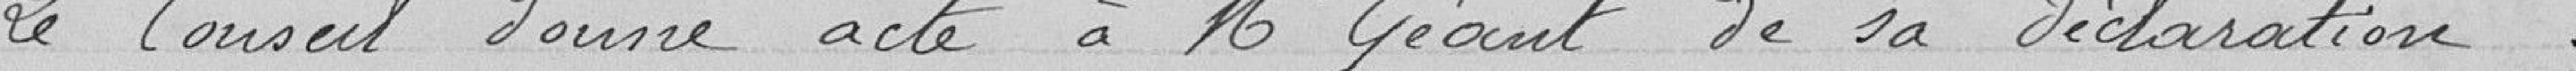
Le Conseil donne acte à Mr Géant de sa déclaration.